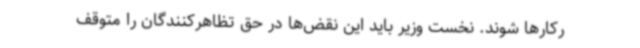
رکارها شوند. نخست وزیر باید این نقض‌ها در حق تظاهرکنندگان را متوقف